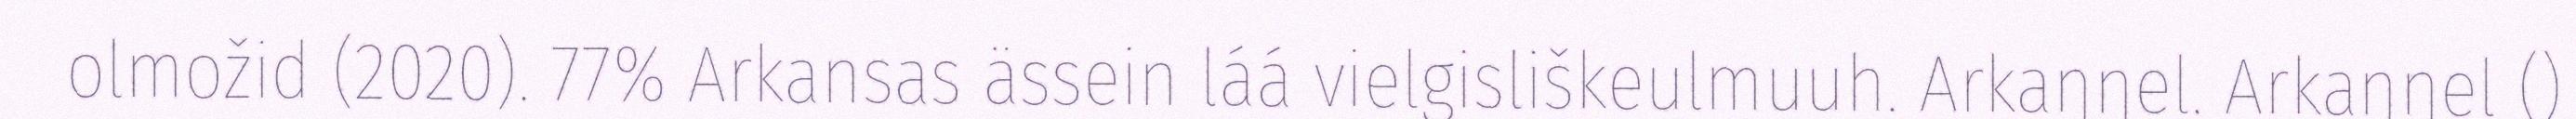
olmožid (2020). 77% Arkansas ässein láá vielgisliškeulmuuh. Arkaŋŋel. Arkaŋŋel ()